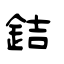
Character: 銡